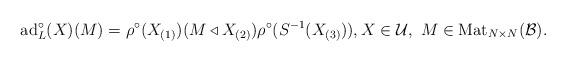
LaTeX: \begin{align*}\mathrm{ad}^\circ_L(X)(M) = \rho^\circ(X_{(1)}) (M \triangleleft X_{(2)}) \rho^\circ(S^{-1}(X_{(3)})),X \in \mathcal{U}, \ M \in \mathrm{Mat}_{N \times N}(\mathcal{B}).\end{align*}